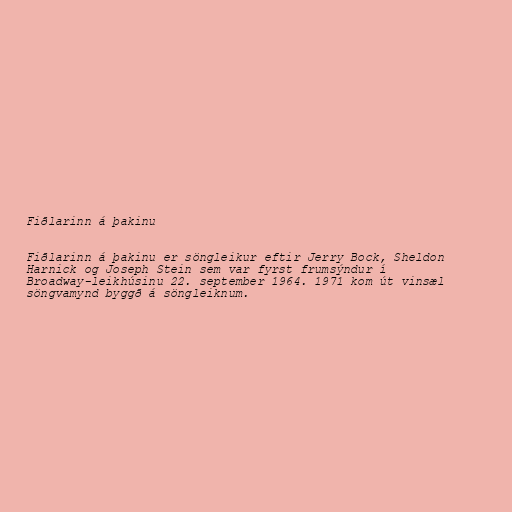
Fiðlarinn á þakinu

Fiðlarinn á þakinu er söngleikur eftir Jerry Bock, Sheldon
Harnick og Joseph Stein sem var fyrst frumsýndur í
Broadway-leikhúsinu 22. september 1964. 1971 kom út vinsæl
söngvamynd byggð á söngleiknum.